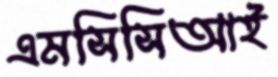
এমসিসিআই